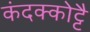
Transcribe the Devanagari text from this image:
कंदक्कोट्टै